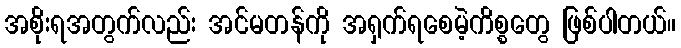
အစိုးရအတွက်လည်း အင်မတန်ကို အရှက်ရစေမဲ့ကိစ္စတွေ ဖြစ်ပါတယ်။